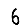
Digit: 6